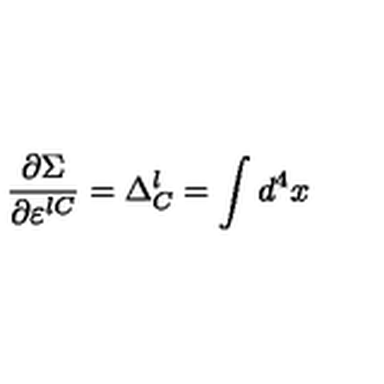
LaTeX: \frac { \partial \Sigma } { \partial \varepsilon ^ { l C } } = \Delta _ { C } ^ { l } = \int d ^ { 4 } x